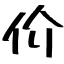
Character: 价